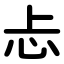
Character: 忐